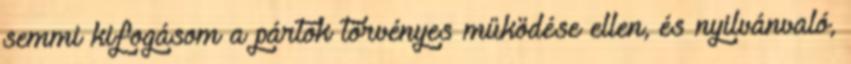
semmi kifogásom a pártok törvényes működése ellen, és nyilvánvaló,